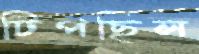
টিপছিল